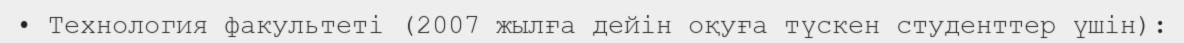
• Технология факультеті (2007 жылға дейін оқуға түскен студенттер үшін):